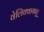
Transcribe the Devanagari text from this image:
वेलिक्ककतु